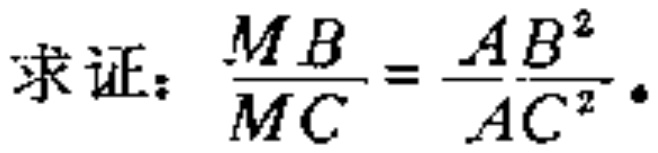
求证：$\frac{MB}{MC}=\frac{AB^{2}}{AC^{2}}$